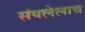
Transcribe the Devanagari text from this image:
संपलेलाच